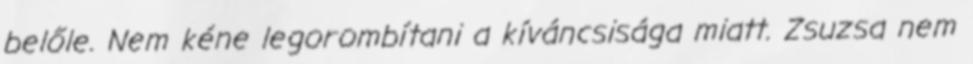
belőle. Nem kéne legorombítani a kíváncsisága miatt. Zsuzsa nem